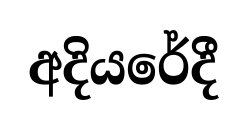
අදියරේදී